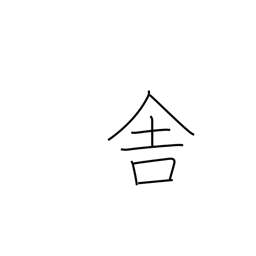
Meaning: cottage